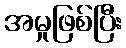
အမှုဖြစ်ပြီး